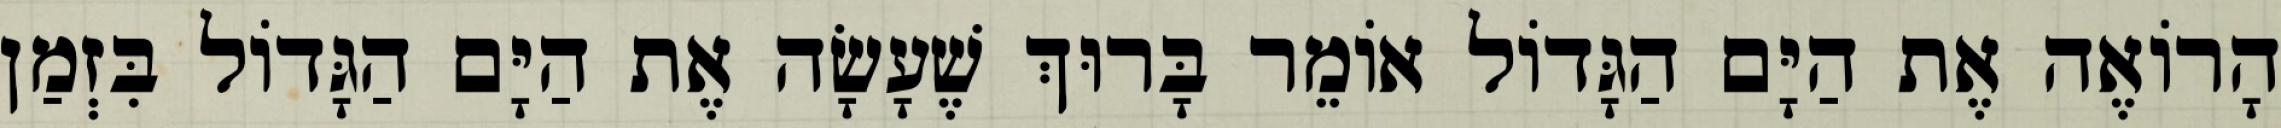
הָרוֹאֶה אֶת הַיָּם הַגָּדוֹל אוֹמֵר בָּרוּךְ שֶׁעָשָׂה אֶת הַיָּם הַגָּדוֹל בִּזְמַן